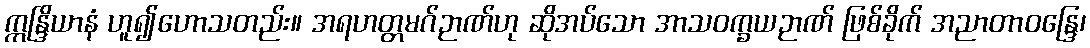
ဣန္ဒြိယာနံ ဟူ၍ဟောသတည်း။ အရဟတ္တမဂ်ဉာဏ်ဟု ဆိုအပ်သော အာသဝက္ခယဉာဏ် ဖြစ်ခိုက် အညာတာဝန္ဒြေ၊